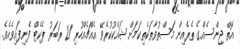
އޮތް ޖިންސެއްގެ ތެރެއިން މަސްތުވާތަކެތިކަމަށް ޝައްކުކުރެވޭ އެއްޗެއްހުރި 21 ރަބަރު ޕެކެޓް ފެނިފައިވެއެވެ.